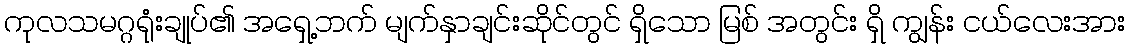
ကုလသမဂ္ဂရုံးချုပ်၏ အရှေ့ဘက် မျက်နှာချင်းဆိုင်တွင် ရှိသော မြစ် အတွင်း ရှိ ကျွန်း ငယ်လေးအား